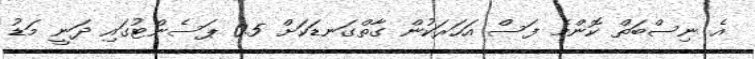
އެ ނިސްބަތް ކޮންމެ ފަސް އަހަރަކުން ގާތްގަނޑަކަށް 0.5 ޕަސެންޓުގައި ދަނީ މަޑު